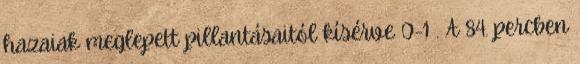
hazaiak meglepett pillantásaitól kísérve 0-1 . A 84. percben